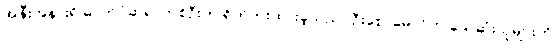
အနီးအနားရှိ ဓာတ်ပုံဆရာတစ်ဦးက ရိုက်ကူးထားခဲ့သည်။ ဦးစောမောင်က သေဆုံးသူများကို